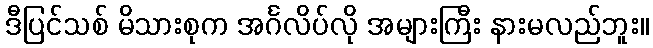
ဒီပြင်သစ် မိသားစုက အင်္ဂလိပ်လို အများကြီး နားမလည်ဘူး။